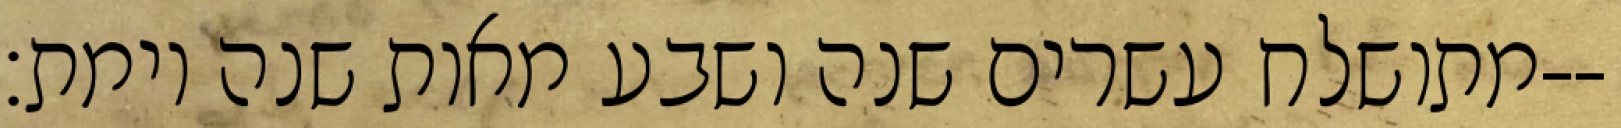
מתושלח עשרים שנה ושבע מאות שנה וימת׃--